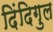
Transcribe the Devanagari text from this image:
दिंदिगुल